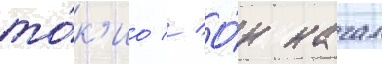
то́к'ио // О́н начал